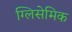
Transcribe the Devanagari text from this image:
ग्लिसेमिक